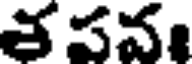
తపన